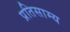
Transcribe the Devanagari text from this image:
प्रतिसाम्य